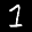
Label: 1